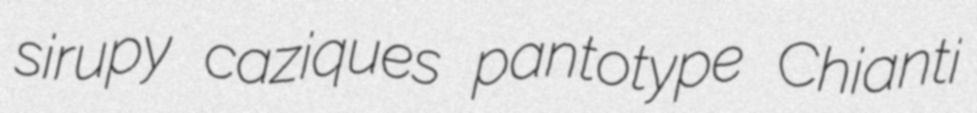
sirupy caziques pantotype Chianti